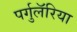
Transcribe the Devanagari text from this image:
पर्गुलॅरिया